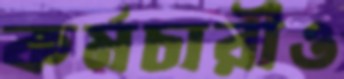
কর্মচারীও